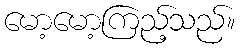
မော့မော့ကြည့်သည်။